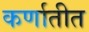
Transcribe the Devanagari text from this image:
कर्णातीत